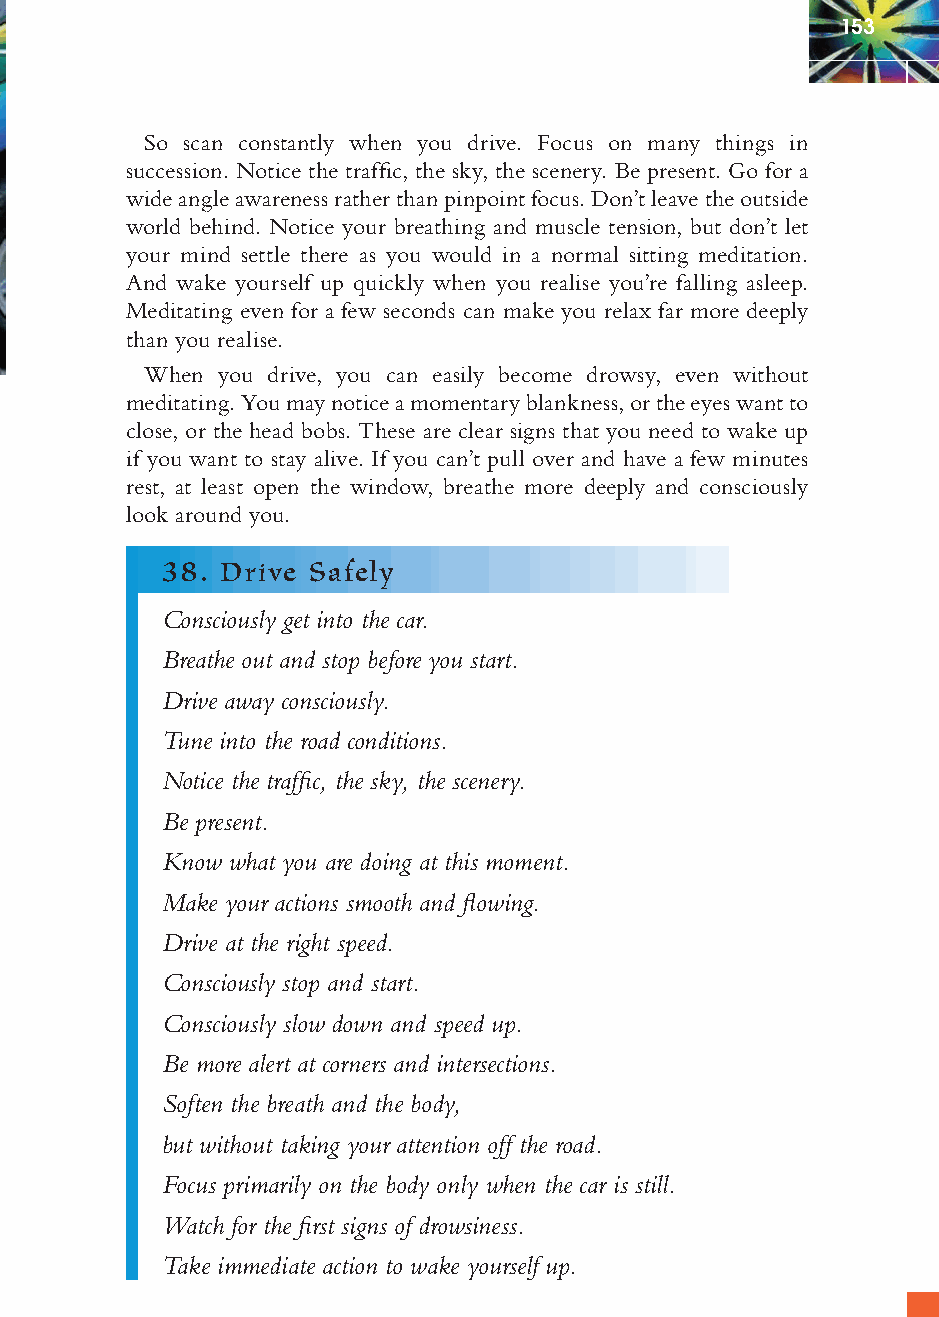
153
 So scan constantly when you drive. Focus on many things in
 succession. Notice the traffi c, the sky, the scenery. Be present. Go for a
 wide angle awareness rather than pinpoint focus. Don’t leave the outside
 world behind. Notice your breathing and muscle tension, but don’t let
 your mind settle there as you would in a normal sitting meditation.
 And wake yourself up quickly when you realise you’re falling asleep.
 Meditating even for a few seconds can make you relax far more deeply
 than you realise.
 When you drive, you can easily become drowsy, even without
 meditating. You may notice a momentary blankness, or the eyes want to
 close, or the head bobs. These are clear signs that you need to wake up
 if you want to stay alive. If you can’t pull over and have a few minutes
 rest, at least open the window, breathe more deeply and consciously
 look around you.
 38. Drive Safely
 Consciously get into the car.
 Breathe out and stop before you start.
 Drive away consciously.
 Tune into the road conditions.
 Notice the traffi c, the sky, the scenery.
 Be present.
 Know what you are doing at this moment.
 Make your actions smooth and fl owing.
 Drive at the right speed.
 Consciously stop and start.
 Consciously slow down and speed up.
 Be more alert at corners and intersections.
 Soften the breath and the body,
 but without taking your attention off the road.
 Focus primarily on the body only when the car is still.
 Watch for the fi rst signs of drowsiness.
 Take immediate action to wake yourself up.
 ffiivvee__220000667788..iinndddd SSeecc11::115577   3300//55//0055 55::0066::0044 PPMM